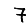
Digit: 7